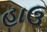
હાઉ